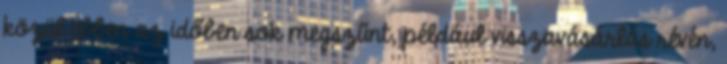
közül ebben az időben sok megszűnt, például visszavásárlás révén,